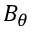
B _ { \theta }